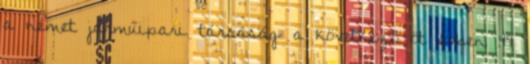
a német járműipari társaság a következő öt évben 44